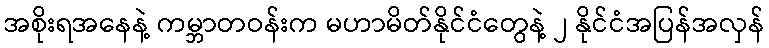
အစိုးရအနေနဲ့ ကမ္ဘာတဝန်းက မဟာမိတ်နိုင်ငံတွေနဲ့ ၂ နိုင်ငံအပြန်အလှန်